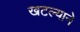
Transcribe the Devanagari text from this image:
खटल्याने